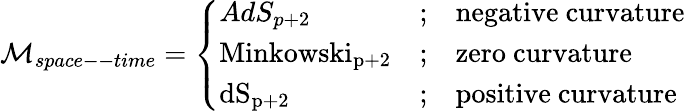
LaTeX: \mathcal{M}_{space--time}=\left\{ \begin{array}{lcl}{{AdS_{p+2}}}&{{;}}&{{\mathrm{negative~curvature}}}\\ {{\mathrm{Minkowski_{p+2}}}}&{{;}}&{{\mathrm{zero~curvature}}}\\ {{\mathrm{dS_{p+2}}}}&{{;}}&{{\mathrm{positive~curvature}\ }}\end{array}\right.